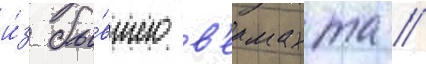
и́з бы́вшего в'ермахта //